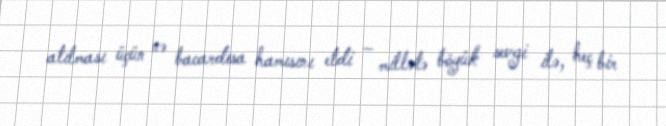
atılması üçün nə bacardısa hamısını etdi – millətə böyük sevgi ilə, heç bir